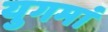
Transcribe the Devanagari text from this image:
युगमां